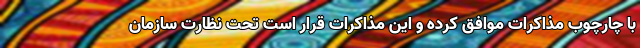
با چارچوب مذاکرات موافق کرده و این مذاکرات قرار است تحت نظارت سازمان